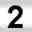
Digit: 2